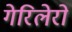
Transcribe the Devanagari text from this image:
गेरिलेरो